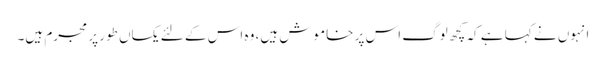
انہوں نے کہا ہے کہ کچھ لوگ اس پر خاموش ہیں، وہ اس کے لئے یکساں طور پر مجرم ہیں۔